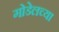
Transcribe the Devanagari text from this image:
गोडेलच्या